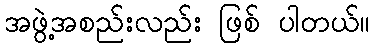
အဖွဲ့အစည်းလည်း ဖြစ် ပါတယ်။